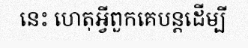
នេះ ហេតុអ្វីពួកគេបន្តដើម្បី